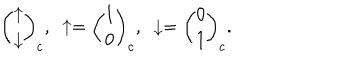
{ \binom { \uparrow } { \downarrow } } _ { c } , \ \uparrow = { \binom { 1 } { 0 } } _ { c } , \ \downarrow = { \binom { 0 } { 1 } } _ { c } .